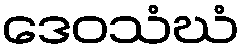
ဒေဝသံဃံ